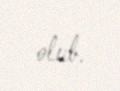
olub.